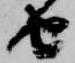
由